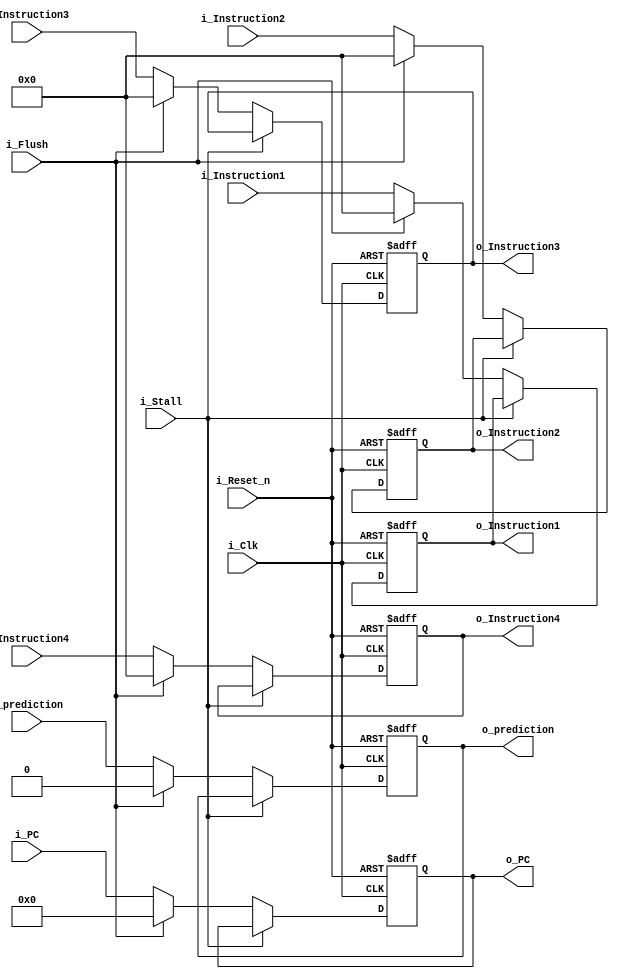
// Pipeline stage
module pipe_if_dec 	#(
						parameter ADDRESS_WIDTH = 32,
						parameter DATA_WIDTH = 22
					)
					(
						// Inputs
						input i_Clk,
						input i_Reset_n,	// Async reset (highest priority)
						input i_Flush,			// Flush (lowest priority)
						input i_Stall,		// Stall (2nd highest priority)

							// Pipe in/out
						input [ADDRESS_WIDTH-1:0] i_PC,
						output reg [ADDRESS_WIDTH-1:0] o_PC,
						input [DATA_WIDTH-1:0] i_Instruction1,
						input [DATA_WIDTH-1:0] i_Instruction2,
						input [DATA_WIDTH-1:0] i_Instruction3,
						input [DATA_WIDTH-1:0] i_Instruction4,
						output reg [DATA_WIDTH-1:0] o_Instruction1,
						output reg [DATA_WIDTH-1:0] o_Instruction2,
						output reg [DATA_WIDTH-1:0] o_Instruction3,
						output reg [DATA_WIDTH-1:0] o_Instruction4,
						input i_prediction,				//prediction from branch predictor
						output reg o_prediction
					);

		// Asynchronous output driver
	always @(posedge i_Clk or negedge i_Reset_n)
	begin
		if( !i_Reset_n )
		begin
			// Initialize outputs to 0s
			o_Instruction1 <= 0;
			o_Instruction2 <= 0;
			o_Instruction3 <= 0;
			o_Instruction4 <= 0;
			o_PC <= 0;
			o_prediction <= 0;
		end
		else
		begin
			if( !i_Stall )
			begin
				if( i_Flush )
				begin
					// Pass through all 0s
					o_Instruction1 <= 0;
					o_Instruction2 <= 0;
					o_Instruction3 <= 0;
					o_Instruction4 <= 0;
					o_PC <= 0;
					o_prediction <= 0;
				end
				else
				begin
					// Pass through signals
					o_Instruction1 <= i_Instruction1;
					o_Instruction2 <= i_Instruction2;
					o_Instruction3 <= i_Instruction3;
					o_Instruction4 <= i_Instruction4;
					o_PC <= i_PC;
					o_prediction <= i_prediction;
				end
			end
		end
	end

endmodule